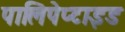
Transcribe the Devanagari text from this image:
पालिपेप्टाइड